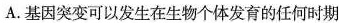
A.基因突变可以发生在生物个体发育的任何时期